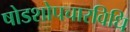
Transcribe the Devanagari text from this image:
षोडशोपचारविधि